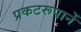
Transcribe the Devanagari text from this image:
प्रकटरूपानें